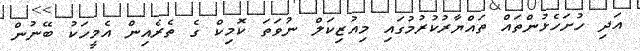
އަދި ހުށަހެޅުންތައް ތައްޔާރުކުރުމުގައި މިއުޒިކަލް ނުވަތަ ކޮމިކް ގެ ތެރެއިން އެމީހަކު ބޭނުން